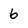
Character: 6